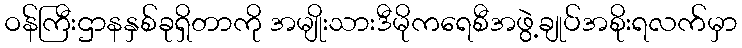
ဝန်ကြီးဌာနနှစ်ခုရှိတာကို အမျိုးသားဒီမိုကရေစီအဖွဲ့ချုပ်အစိုးရလက်မှာ